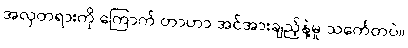
အလှတရားကို ကြောက် တာဟာ အင်အားချည့်နဲ့မှု သင်္ကေတပဲ။